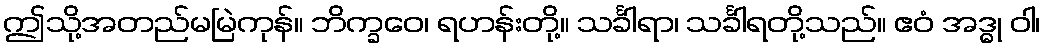
ဤသို့အတည်မမြဲကုန်။ ဘိက္ခဝေ၊ ရဟန်းတို့။ သင်္ခါရာ၊ သင်္ခါရတို့သည်။ ဧဝံ အဒ္ဓု ဝါ၊